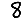
Digit: 8